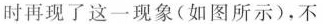
时再现了这一现象(如图所示)，不